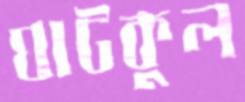
ঘাটকুল